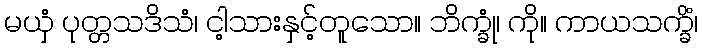
မယှံ ပုတ္တသဒိသံ၊ ငါ့သားနှင့်တူသော။ ဘိက္ခုံ၊ ကို။ ကာယသက္ခိံ၊